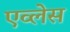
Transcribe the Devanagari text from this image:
एव्लेस